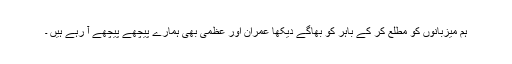
ہم میزبانوں کو مطلع کر کے باہر کو بھاگے دیکھا عمران اور عظمی بھی ہمارے پیچھے پیچھے آ رہے ہیں ۔